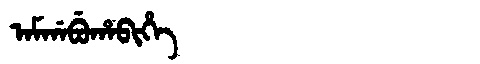
Manchu: ᠠᠮᡤᠠᠪᡠᡥᠠᠪᡳᡥᡝ
Romanization: AMGABUHABIHE